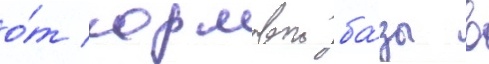
о́т кормовои ба́зы в